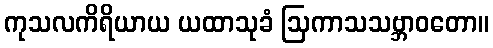
ကုသလကိရိယာယ ယထာသုခံ ဩကာသသဗ္ဘာဝတော။